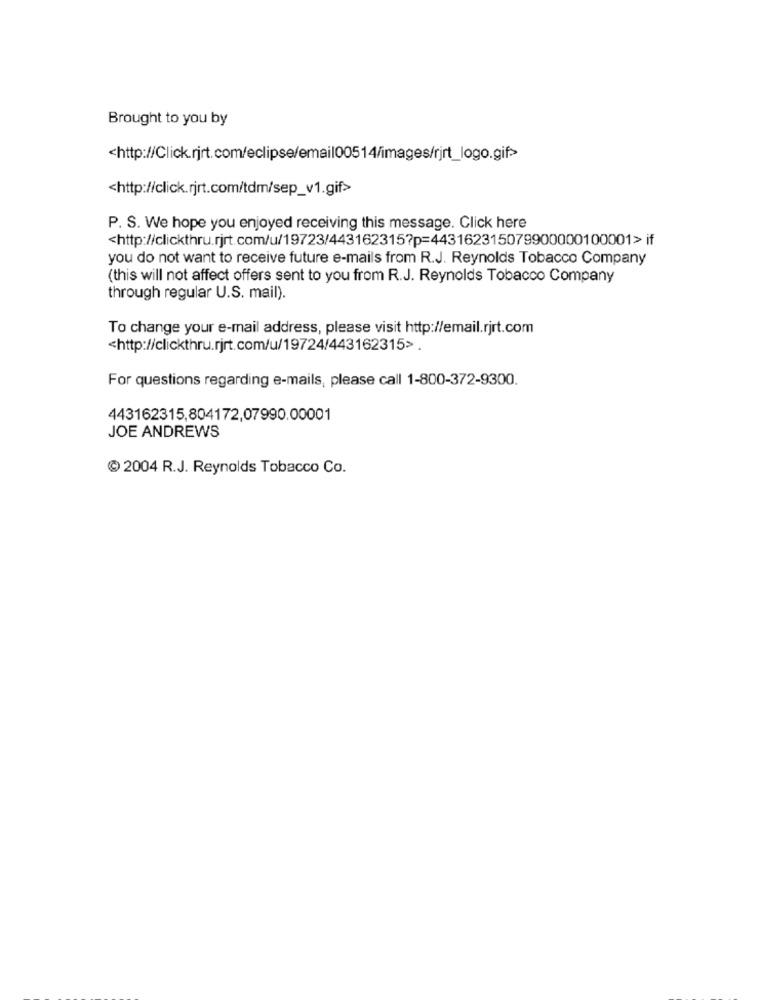
Brought to you by
<http://Click.rjrt.com/eclipse/email00514/images/rjrt_logo.gif>
<http://click.rjrt.com/tdm/sep_v1.gif>
P. S. We hope you enjoyed receiving this message. Click here
<http://clickthru.rjrt.com/u/19723/443162315?p=443162315079900000100001> if
you do not want to receive future e-mails from R.J. Reynolds Tobacco Company
(this will not affect offers sent to you from R.J. Reynolds Tobacco Company
through regular U.S. mail).
To change your e-mail address, please visit http://email.rjrt.com
<http://clickthru.rjrt.com/u/19724/443162315>.
For questions regarding e-mails, please call 1-800-372-9300.
443162315,804172,07990.00001
JOE ANDREWS
C 2004 R.J. Reynolds Tobacco Co.